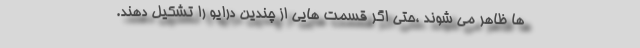
ها ظاهر می شوند ،حتی اگر قسمت هایی از چندین درایو را تشکیل دهند.